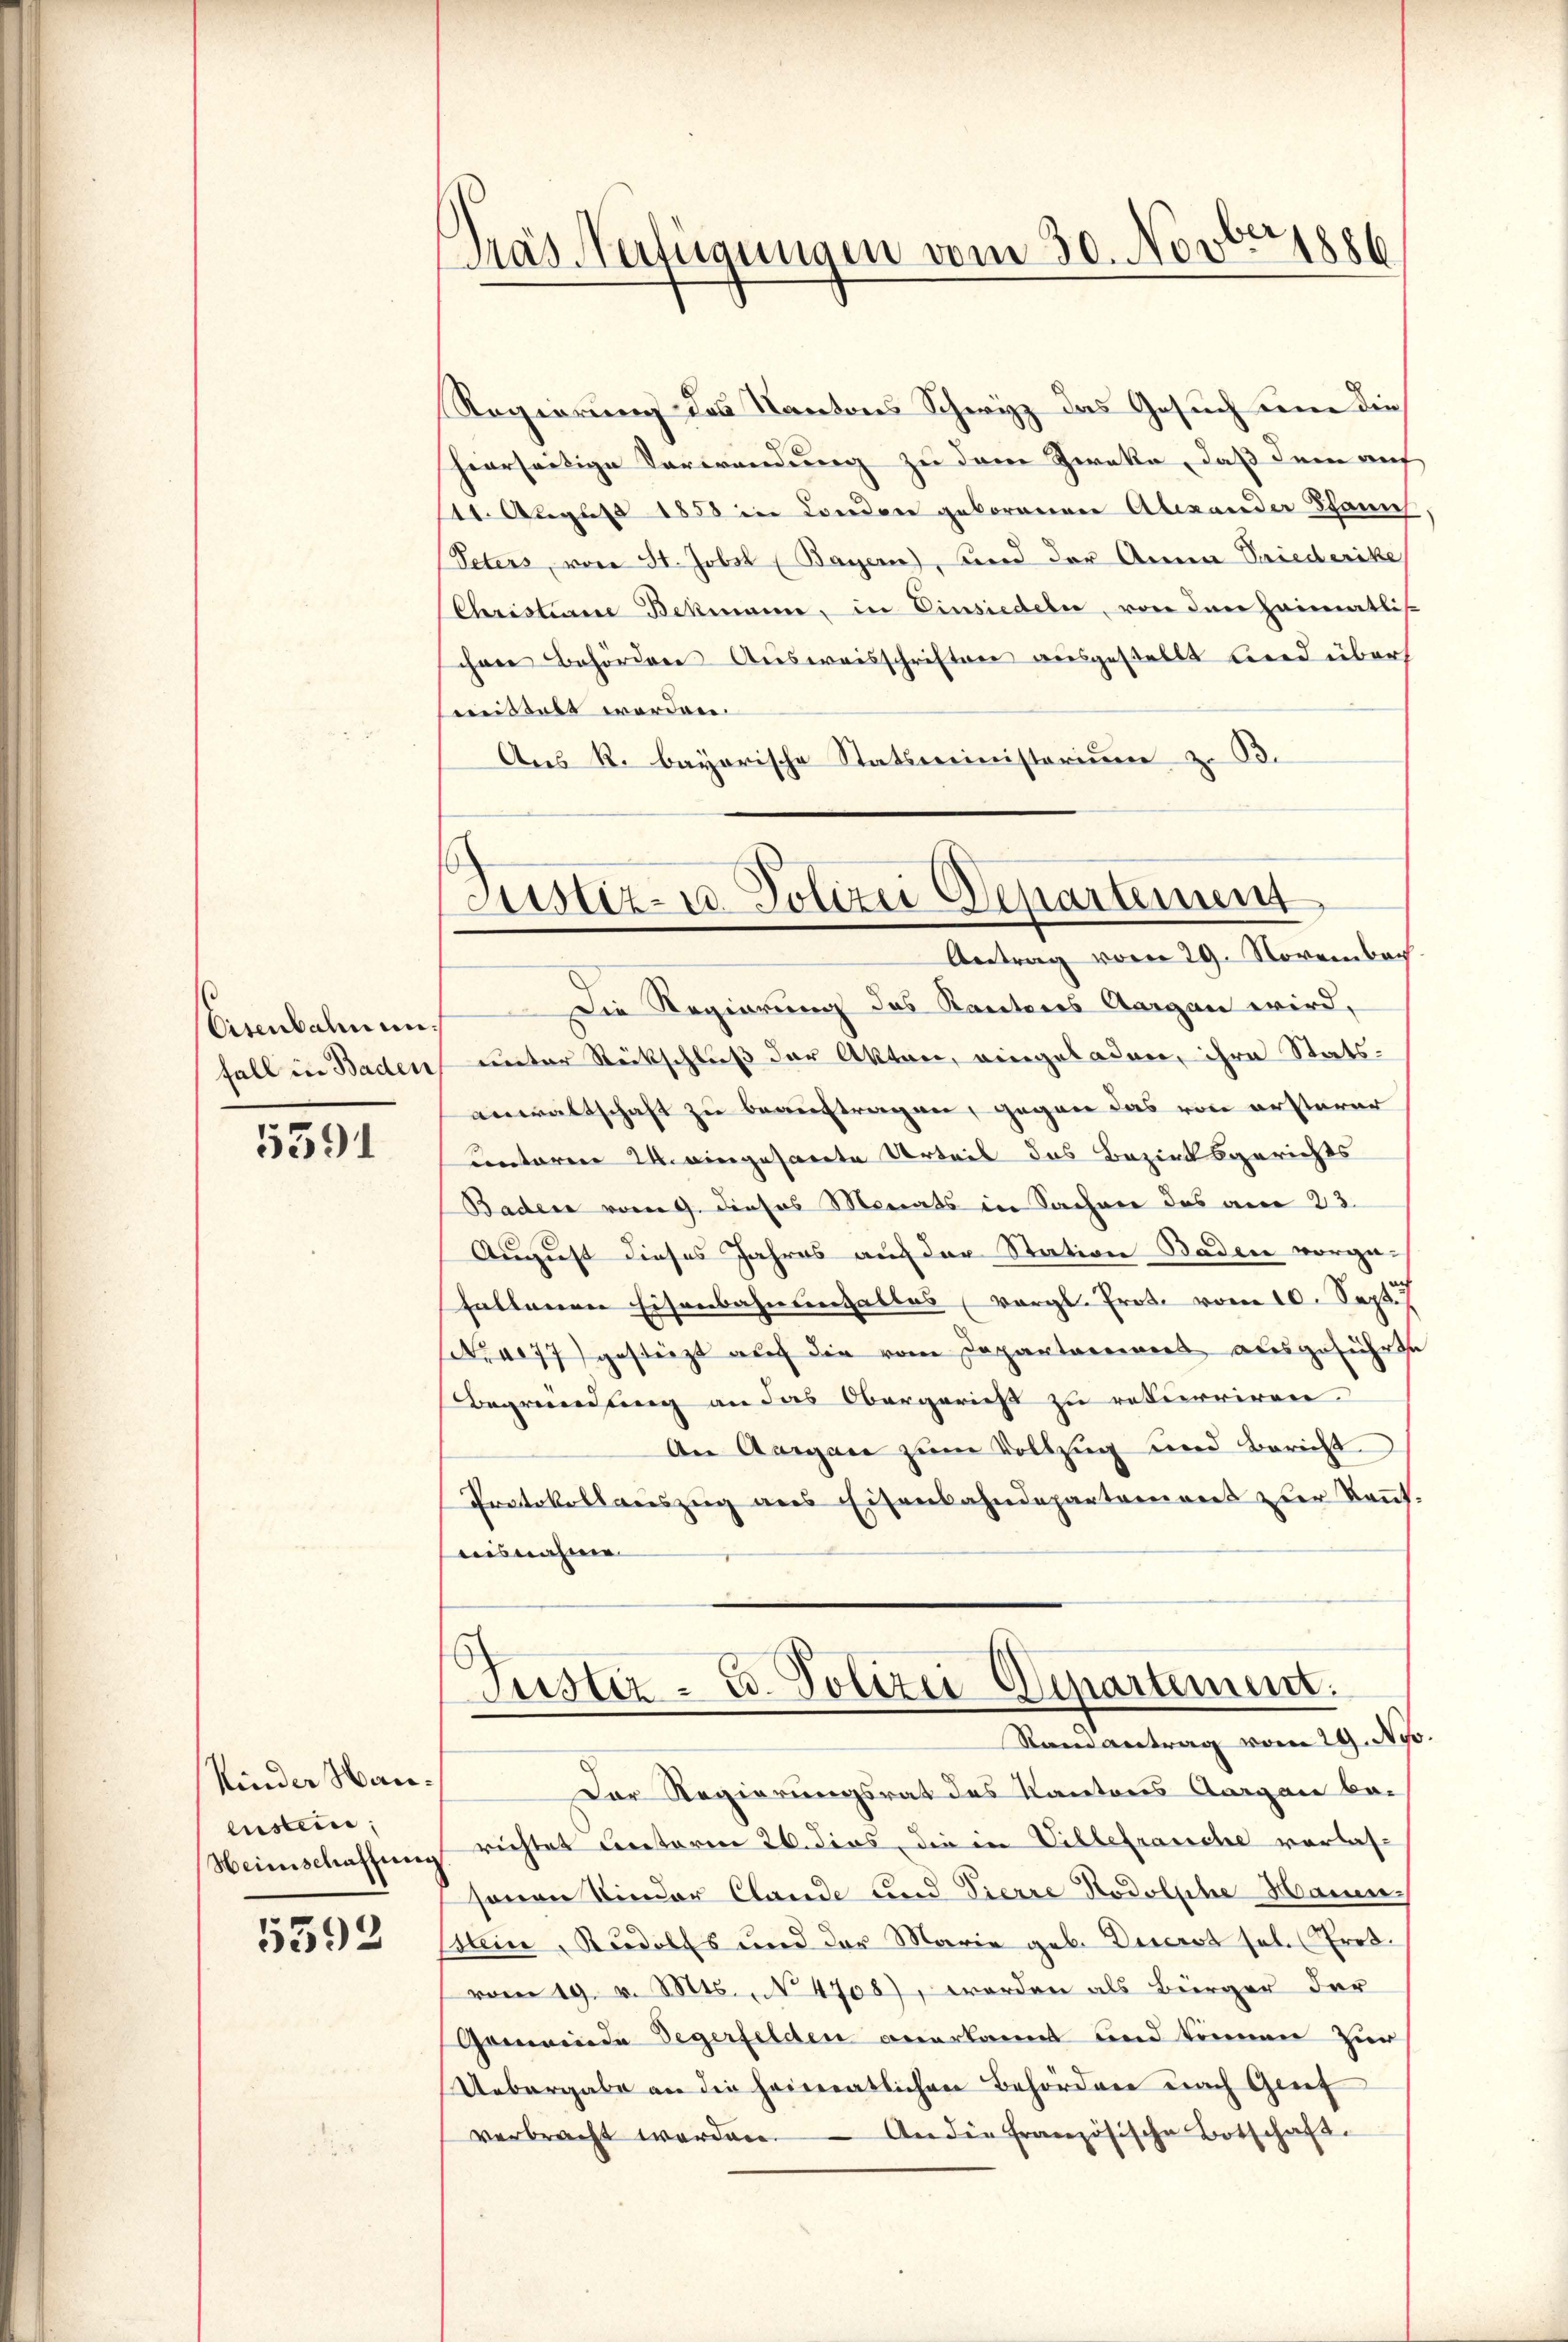
Eisenbahnunfall in Baden

5591

Kinder Wareustein;

5592

Das Verfügungen vom 30. Novbr. 1886

Justiz- u. Polizei Departement
Antrag vom 29. Novembec

Regierung des Kantons Schwyz das Gesuch um die
hierseitige Verwendung zu dem Zweka, daß dem auf
11. August 1858 in Condon geborenen Alexander Schanie
Peters, von St. Jobst (Bayern), und der Anna Priederike
Christiane Bekmann, in Einsiedeln, von den Heimatlis-
chen Behörden Ausweisschriften ausgestellt und über
meistalt worden.
Aus R. bayerische Statsministerium z. B.
Die Regierung des Kantons Aargau wird,
 unter Rückschluß der Akten, eingeladen, ihre Stats-
anwaltschaft zu beauftragen, gegen das von ersterer
Contoren 24. eingesarete Urteil des Bezirksgerichts
Baden vom 9. dieses Monats in Sachen des am 23.
August dieses Jahres auf der Station Baden vorge-
fallenen Eisenbahnungalles (vergl. Prot. vom 10. Sept. 7
Nrae77) gesteigt auf die vom Departareines ausgeführte
Begründung an das Obergerieß zu rekurriren.
An Aargau zum Vollzug und Bericht
Protokollauszeig ans Eisenbahndepartement zur Keṅt.
aisnahme
Justiz- u. Polizei-Departement.
Randantrag vom 29. Nyo
Der Regierungsrat des Kantons Aargau be-
Heimschaffung richtet unterm 26. dies, die in Villefranche vorlassonen Kinder Claude und Tierre Rodolsche Haue
Klein, Rudolfs und der Marie geb. Decret sel. Prot.
vom 19. v. Mts. No 4708), worden als Bürger der
Gemeinde Segerfelden anerkannt und können zur
Uebergabe an die heimatlichen Behördener nach Greif
verbracht werden. An die Französische Botschaft.